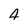
Character: 4